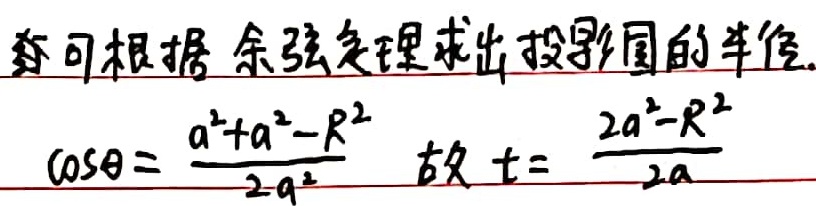
可根据余弦定理求出投影圆的半径。
\(\cos\theta = \frac{a^{2}+a^{2}-R^{2}}{2a^{2}}\)
故 \(t = \frac{2a^{2}-R^{2}}{2a}\)